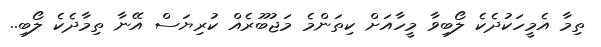
ތިމާ އެމީހަކުދެކެ ލޯބިވާ މީހާއަށް ކިތަންމެ މަޖުބޫރެއް ކުރިޔަސް އޭނާ ތިމާދެކެ ލޯބި..